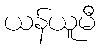
ယန်ယူမီ